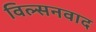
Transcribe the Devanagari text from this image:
विल्सनवाद